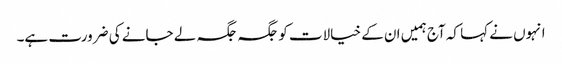
انہوں نے کہا کہ آج ہمیں ان کے خیالات کو جگہ جگہ لے جانے کی ضرورت ہے۔